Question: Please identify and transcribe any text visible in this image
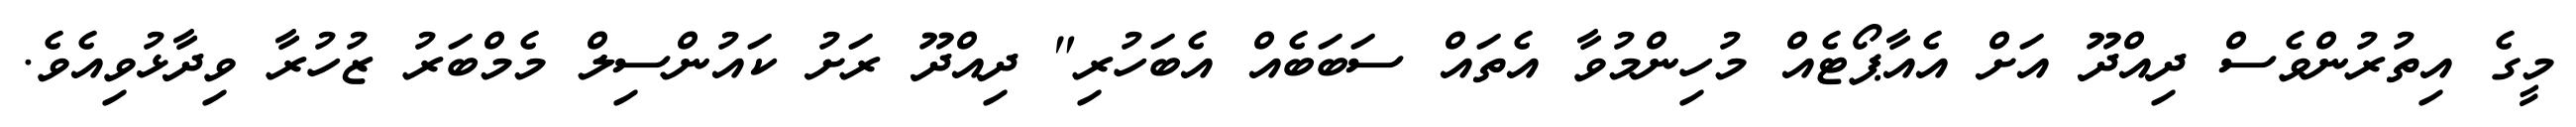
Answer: މީގެ އިތުރުންވެސް ދިއްދޫ އަށް އެއާޕޯޓެއް މުހިންމުވާ އެތައް ސަބަބެއް އެބަހުރި" ދިއްދޫ ރަށު ކައުންސިލް މެމްބަރު ޒުހުރާ ވިދާޅުވިއެވެ.